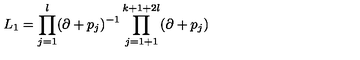
L _ { 1 } = \prod _ { j = 1 } ^ { l } ( \partial + p _ { j } ) ^ { - 1 } \prod _ { j = 1 + 1 } ^ { k + 1 + 2 l } ( \partial + p _ { j } )